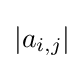
\left|a_{i,j}\right|